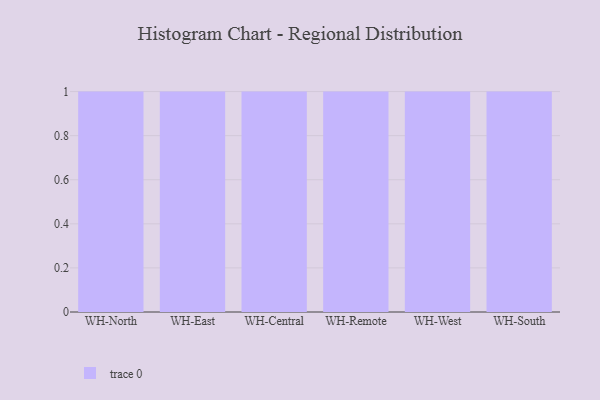
{"axis": {"x": "Warehouse", "y": "Website Visitors"}, "legend": [""], "data": [{"x": "WH-North", "y": 76, "type": ""}, {"x": "WH-East", "y": 46, "type": ""}, {"x": "WH-Central", "y": 68, "type": ""}, {"x": "WH-Remote", "y": 85, "type": ""}, {"x": "WH-West", "y": 2, "type": ""}, {"x": "WH-South", "y": 75, "type": ""}]}